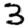
Digit: 3